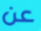
عن